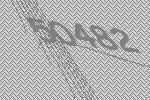
50482